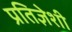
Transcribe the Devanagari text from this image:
प्रतिज्ञेशी